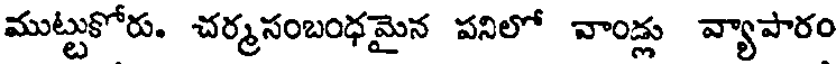
ముట్టుకోరు. చర్మసంబంధమైన పనిలో వాండ్లు వ్యాపారం